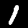
Label: 1